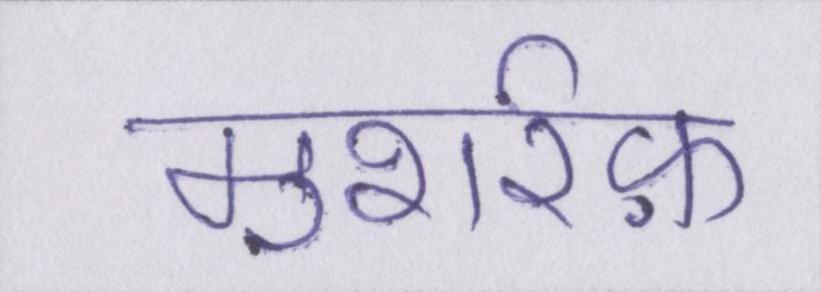
मुशर्रफ़